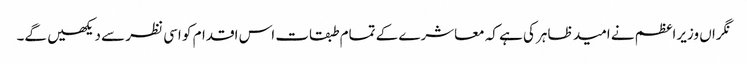
نگراں وزیراعظم نے امید ظاہر کی ہے کہ معاشرے کے تمام طبقات اس اقدام کو اسی نظر سے دیکھیں گے۔